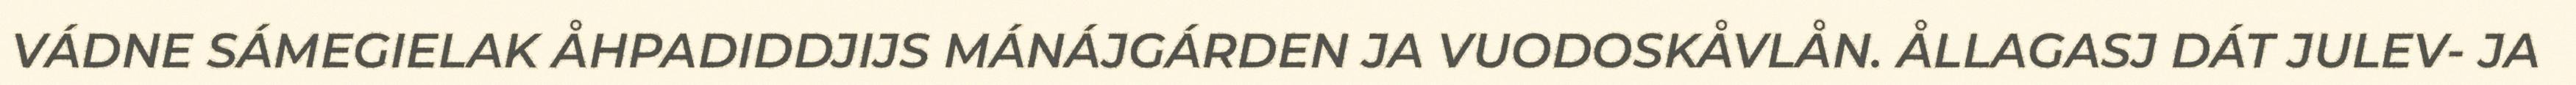
VÁDNE SÁMEGIELAK ÅHPADIDDJIJS MÁNÁJGÁRDEN JA VUODOSKÅVLÅN. ÅLLAGASJ DÁT JULEV- JA